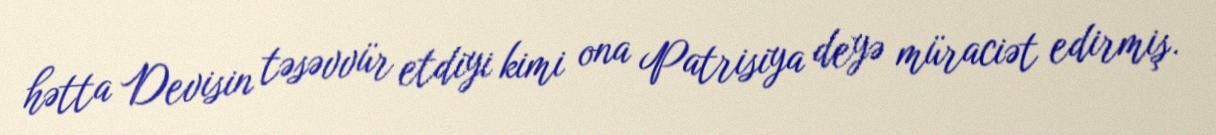
hətta Devisin təsəvvür etdiyi kimi ona Patrisiya deyə müraciət edirmiş.